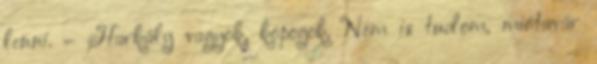
lenni. – Harkály vagyok, kopogok. Nem is tudom, miótavár